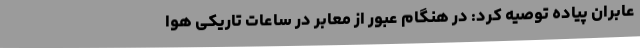
عابران پیاده توصیه کرد: در هنگام عبور از معابر در ساعات تاریکی هوا